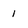
Character: 1